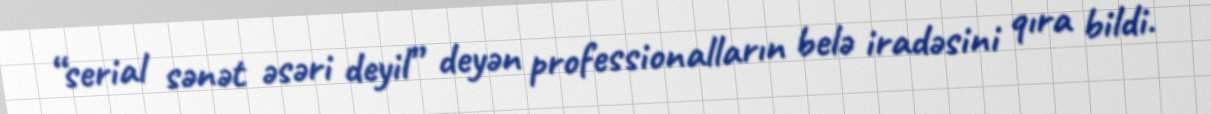
“serial sənət əsəri deyil” deyən professionalların belə iradəsini qıra bildi.